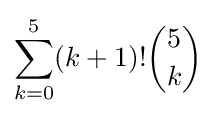
\sum _{k=0}^{5}(k+1)!{\binom {5}{k}}